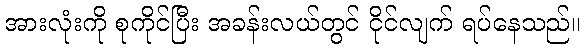
အားလုံးကို စုကိုင်ပြီး အခန်းလယ်တွင် ငိုင်လျက် ရပ်နေသည်။